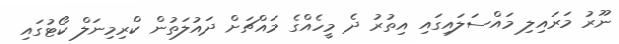
ނޫރު މަރައިލި މައްސަލައިގައި އިތުރު ދެ މީހެއްގެ މައްޗަށް ދައުލަތުން ކްރިމިނަލް ކޯޓުގައި